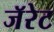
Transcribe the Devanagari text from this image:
जॅरेट